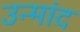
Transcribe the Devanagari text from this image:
उन्मांद